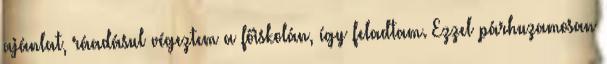
ajánlat, ráadásul végeztem a főiskolán, így feladtam. Ezzel párhuzamosan